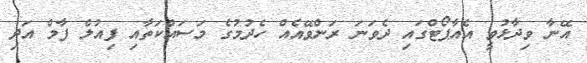
އޭނާ ވިދާޅުވީ އެއާޕޯޓްގައި ދެވަނަ ރަންވޭއެއް ހެދުމުގެ މަސައްކަތާއި ފިއުލް ފާމް އަދި